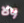
ولا